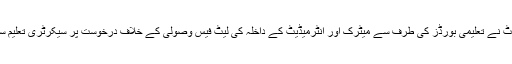
16 نومبر2016ء) لاہور ہائیکورٹ نے تعلیمی بورڈز کی طرف سے میٹرک اور انٹرمیڈیٹ کے داخلہ کی لیٹ فیس وصولی کے خلاف درخوست پر سیکرٹری تعلیم سے دو ہفتوں میں جواب طلب کرلیا۔